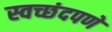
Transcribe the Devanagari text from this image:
स्वच्छंदपणे